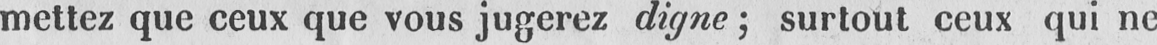
mettez que ceux que vous jugerez digne; surtout ceux qui ne